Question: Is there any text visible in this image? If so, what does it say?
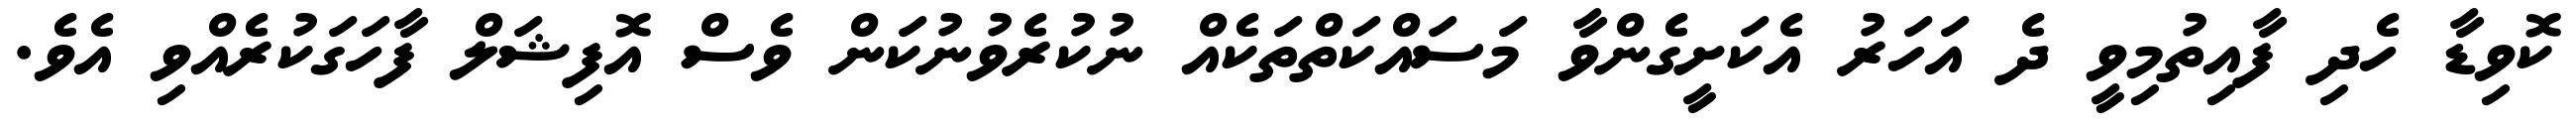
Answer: ކޮވިޑާ ހެދި ފާއިތުމިވީ ދެ އަހަރު އެކަށީގެންވާ މަސައްކަތްތަކެއް ނުކުރެވުނުކަން ވެސް އޮފިޝަލް ފާހަގަކުރެއްވި އެވެ.